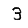
Digit: 3